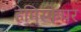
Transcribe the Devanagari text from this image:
हेमिस्फेयर